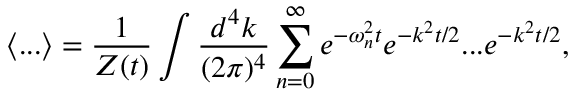
\langle . . . \rangle = \frac { 1 } { Z ( t ) } \int \frac { d ^ { 4 } k } { ( 2 \pi ) ^ { 4 } } \sum _ { n = 0 } ^ { \infty } e ^ { - \omega _ { n } ^ { 2 } t } e ^ { - k ^ { 2 } t / 2 } . . . e ^ { - k ^ { 2 } t / 2 } ,